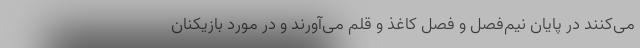
می‌کنند در پایان نیم‌فصل و فصل کاغذ و قلم می‌آورند و در مورد بازیکنان